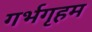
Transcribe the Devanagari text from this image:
गर्भगृहम